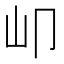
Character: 𡴹